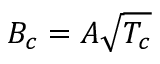
B _ { c } = A \sqrt { T _ { c } }